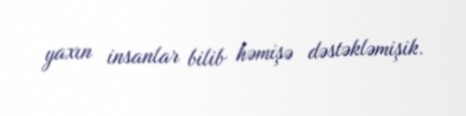
yaxın insanlar bilib həmişə dəstəkləmişik.